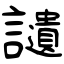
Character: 讉